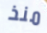
منذ